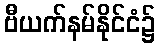
ဗီယက်နမ်နိုင်ငံ၌